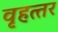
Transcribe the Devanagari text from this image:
वृहत्‍तर